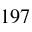
1 9 7